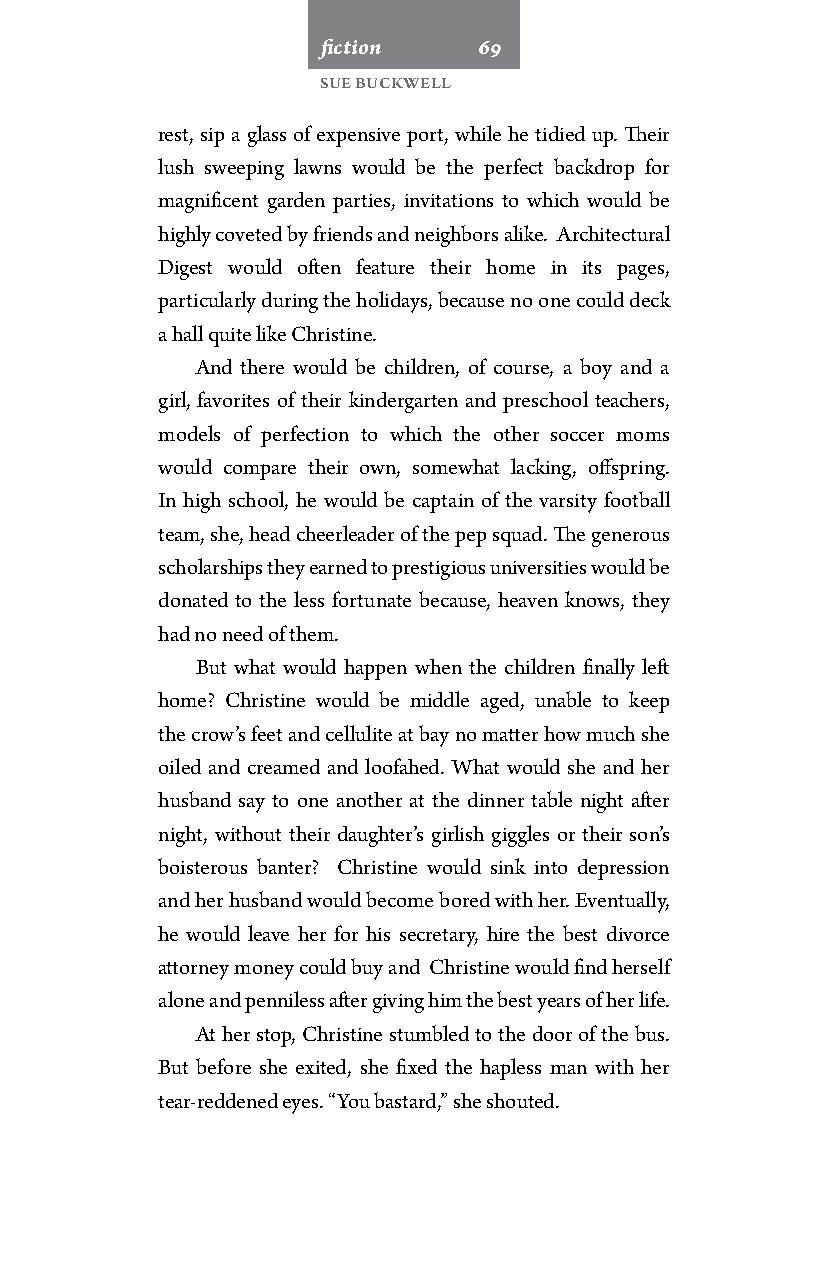
fiction    69
 Sue Buckwell
 rest, sip a glass of expensive port, while he tidied up. Their
 lush sweeping lawns would be the perfect backdrop for
 magnificent garden parties, invitations to which would be
 highly coveted by friends and neighbors alike. Architectural
 Digest would often feature their home in its pages,
 particularly during the holidays, because no one could deck
 a hall quite like Christine.
 And there would be children, of course, a boy and a
 girl, favorites of their kindergarten and preschool teachers,
 models of perfection to which the other soccer moms
 would compare their own, somewhat lacking, offspring.
 In high school, he would be captain of the varsity football
 team, she, head cheerleader of the pep squad. The generous
 scholarships they earned to prestigious universities would be
 donated to the less fortunate because, heaven knows, they
 had no need of them.
 But what would happen when the children finally left
 home? Christine would be middle aged, unable to keep
 the crow’s feet and cellulite at bay no matter how much she
 oiled and creamed and loofahed. What would she and her
 husband say to one another at the dinner table night after
 night, without their daughter’s girlish giggles or their son’s
 boisterous banter? Christine would sink into depression
 and her husband would become bored with her. Eventually,
 he would leave her for his secretary, hire the best divorce
 attorney money could buy and Christine would find herself
 alone and penniless after giving him the best years of her life.
 At her stop, Christine stumbled to the door of the bus.
 But before she exited, she fixed the hapless man with her
 tear-reddened eyes. “You bastard,” she shouted.